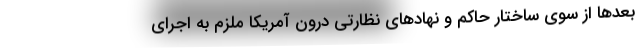
بعدها از سوی ساختار حاکم و نهادهای نظارتی درون آمریکا ملزم به اجرای